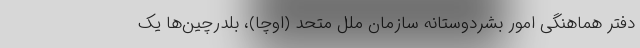
دفتر هماهنگی امور بشردوستانه سازمان ملل متحد (اوچا)، بلدرچین‌ها یک